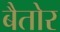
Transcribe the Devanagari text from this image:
बैतोर